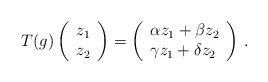
LaTeX: \begin{align*} T(g) \left( \begin{array}{l} z_1 \\ z_2 \end{array} \right) = \left( \begin{array}{ll} \alpha z_1 + \beta z_2\\ \gamma z_1 + \delta z_2 \end{array} \right) \,.\end{align*}